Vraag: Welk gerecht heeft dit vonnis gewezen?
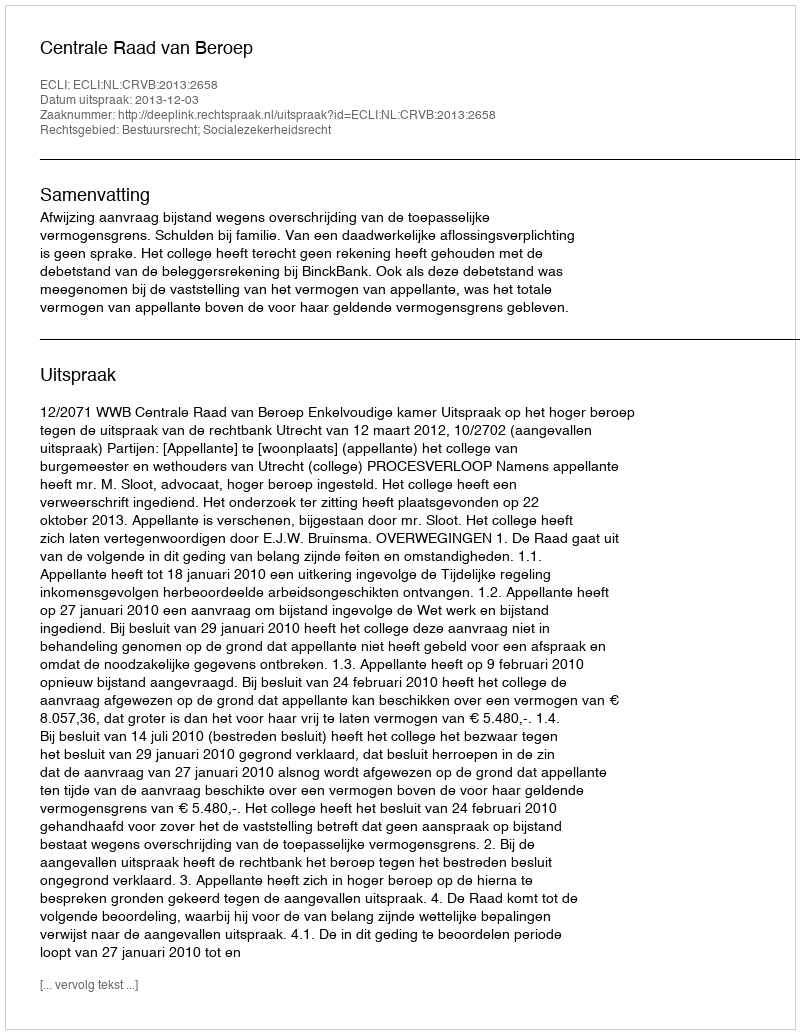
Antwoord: Centrale Raad van Beroep